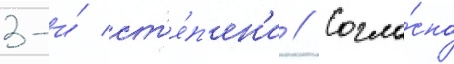
3-и́ ст'е́п'ен'и // Согла́сно